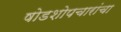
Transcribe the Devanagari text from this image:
षोडशोपचारांचा